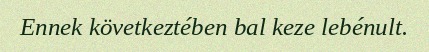
Ennek következtében bal keze lebénult.